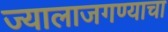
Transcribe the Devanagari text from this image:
ज्यालाजगण्याचा